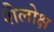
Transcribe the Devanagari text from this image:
शैलोक्ष